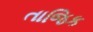
તાજિક